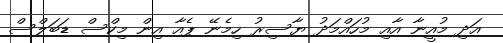
އަދި މުއީނާ އާއި މުހައްމަދު ޔާސިރު ހިމެނޭ ޕެއާ އިން މިކްސް ޑަބަލްސް